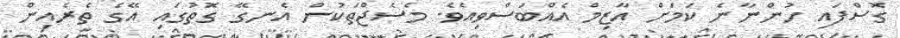
ގޮސްފައި ހުންނާނެ ކަމަށް އާޒިމް އެއްބަސްވިއެވެ. މެސެޖްތަކުން އެނގޭ ގޮތުގައި އޭގެ ތެރެއިން